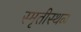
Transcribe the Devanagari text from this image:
स्मृतीस्थळ